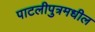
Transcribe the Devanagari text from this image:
पाटलीपुत्रमधील